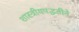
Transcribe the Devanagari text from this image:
शास्त्रीयपद्धतीने